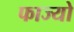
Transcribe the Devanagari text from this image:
फाज्यो